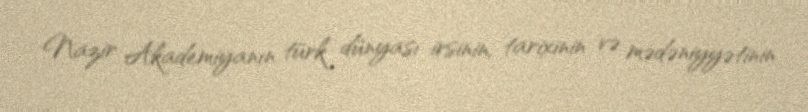
Nazir Akademiyanın türk dünyası irsinin, tarixinin və mədəniyyətinin